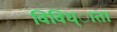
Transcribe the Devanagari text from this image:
विविध्ाता